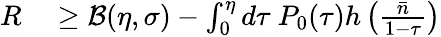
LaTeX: \begin{array}{rl}{R}&{{}\geq\mathcal{B}(\eta,\sigma)-\int_{0}^{\eta}d\tau~P_{0}(\tau)h\left(\frac{\bar{n}}{1-\tau}\right)}\end{array}